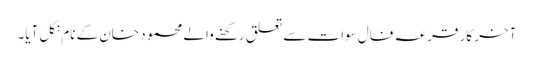
آخر کار قرعہ فال سوات سے تعلق رکھنے والے محمود خان کے نام نکل آیا۔